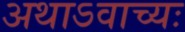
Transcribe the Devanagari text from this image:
अथाऽवाच्यः